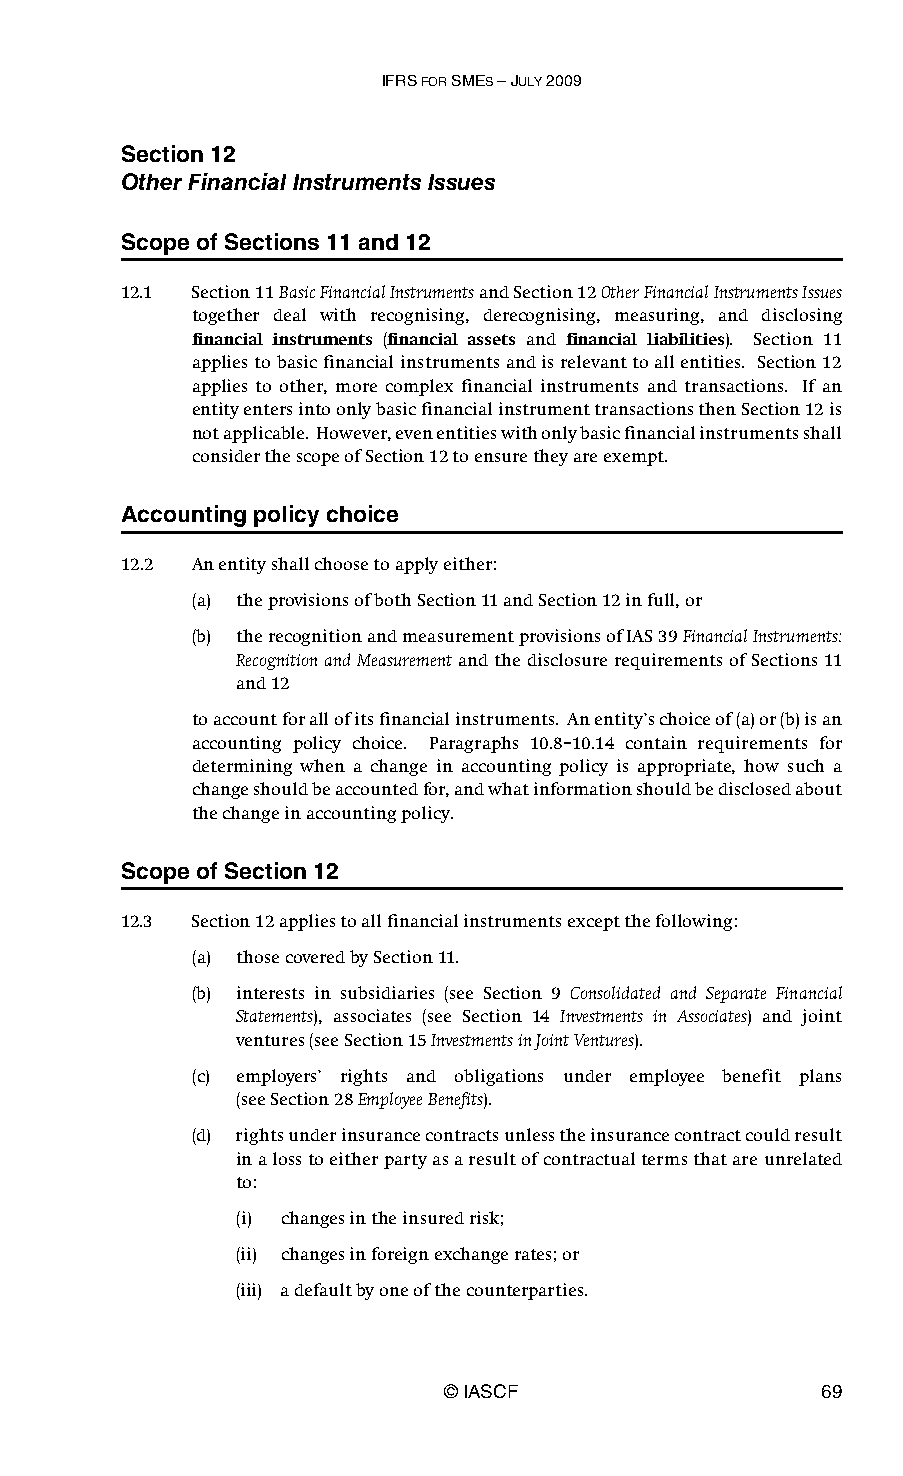
IFRS FOR SMES – JULY 2009
 Section 12
 Other Financial Instruments Issues
 Scope of Sections 11 and 12
 12.1 Section 11 Basic Financial Instruments and Section 12 Other Financial Instruments Issues
 together deal with recognising, derecognising, measuring, and disclosing
 financial instruments (financial assets and financial liabilities). Section 11
 applies to basic financial instruments and is relevant to all entities. Section 12
 applies to other, more complex financial instruments and transactions. If an
 entity enters into only basic financial instrument transactions then Section 12 is
 not applicable. However, even entities with only basic financial instruments shall
 consider the scope of Section 12 to ensure they are exempt.
 Accounting policy choice
 12.2 An entity shall choose to apply either:
 (a) the provisions of both Section 11 and Section 12 in full, or
 (b) the recognition and measurement provisions of IAS 39 Financial Instruments:
 Recognition and Measurement and the disclosure requirements of Sections 11
 and 12
 to account for all of its financial instruments. An entity’s choice of (a) or (b) is an
 accounting policy choice. Paragraphs 10.8–10.14 contain requirements for
 determining when a change in accounting policy is appropriate, how such a
 change should be accounted for, and what information should be disclosed about
 the change in accounting policy.
 Scope of Section 12
 12.3 Section 12 applies to all financial instruments except the following:
 (a) those covered by Section 11.
 (b) interests in subsidiaries (see Section 9 Consolidated and Separate Financial
 Statements), associates (see Section 14 Investments in Associates) and joint
 ventures (see Section 15 Investments in Joint Ventures).
 (c) employers’ rights and obligations under employee benefit plans
 (seeSection 28 Employee Benefits).
 (d) rights under insurance contracts unless the insurance contract could result
 in a loss to either party as a result of contractual terms that are unrelated
 to:
 (i) changes in the insured risk;
 (ii) changes in foreign exchange rates; or
 (iii) a default by one of the counterparties.
 © IASCF                  69